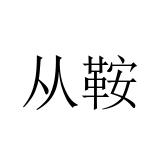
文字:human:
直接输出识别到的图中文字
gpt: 从鞍